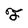
Character: F